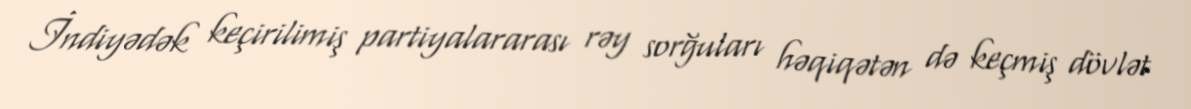
İndiyədək keçirilimiş partiyalararası rəy sorğuları həqiqətən də keçmiş dövlət